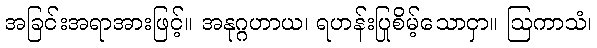
အခြင်းအရာအားဖြင့်။ အနုဂ္ဂဟာယ၊ ရဟန်းပြုစိမ့်သောငှာ။ ဩကာသံ၊